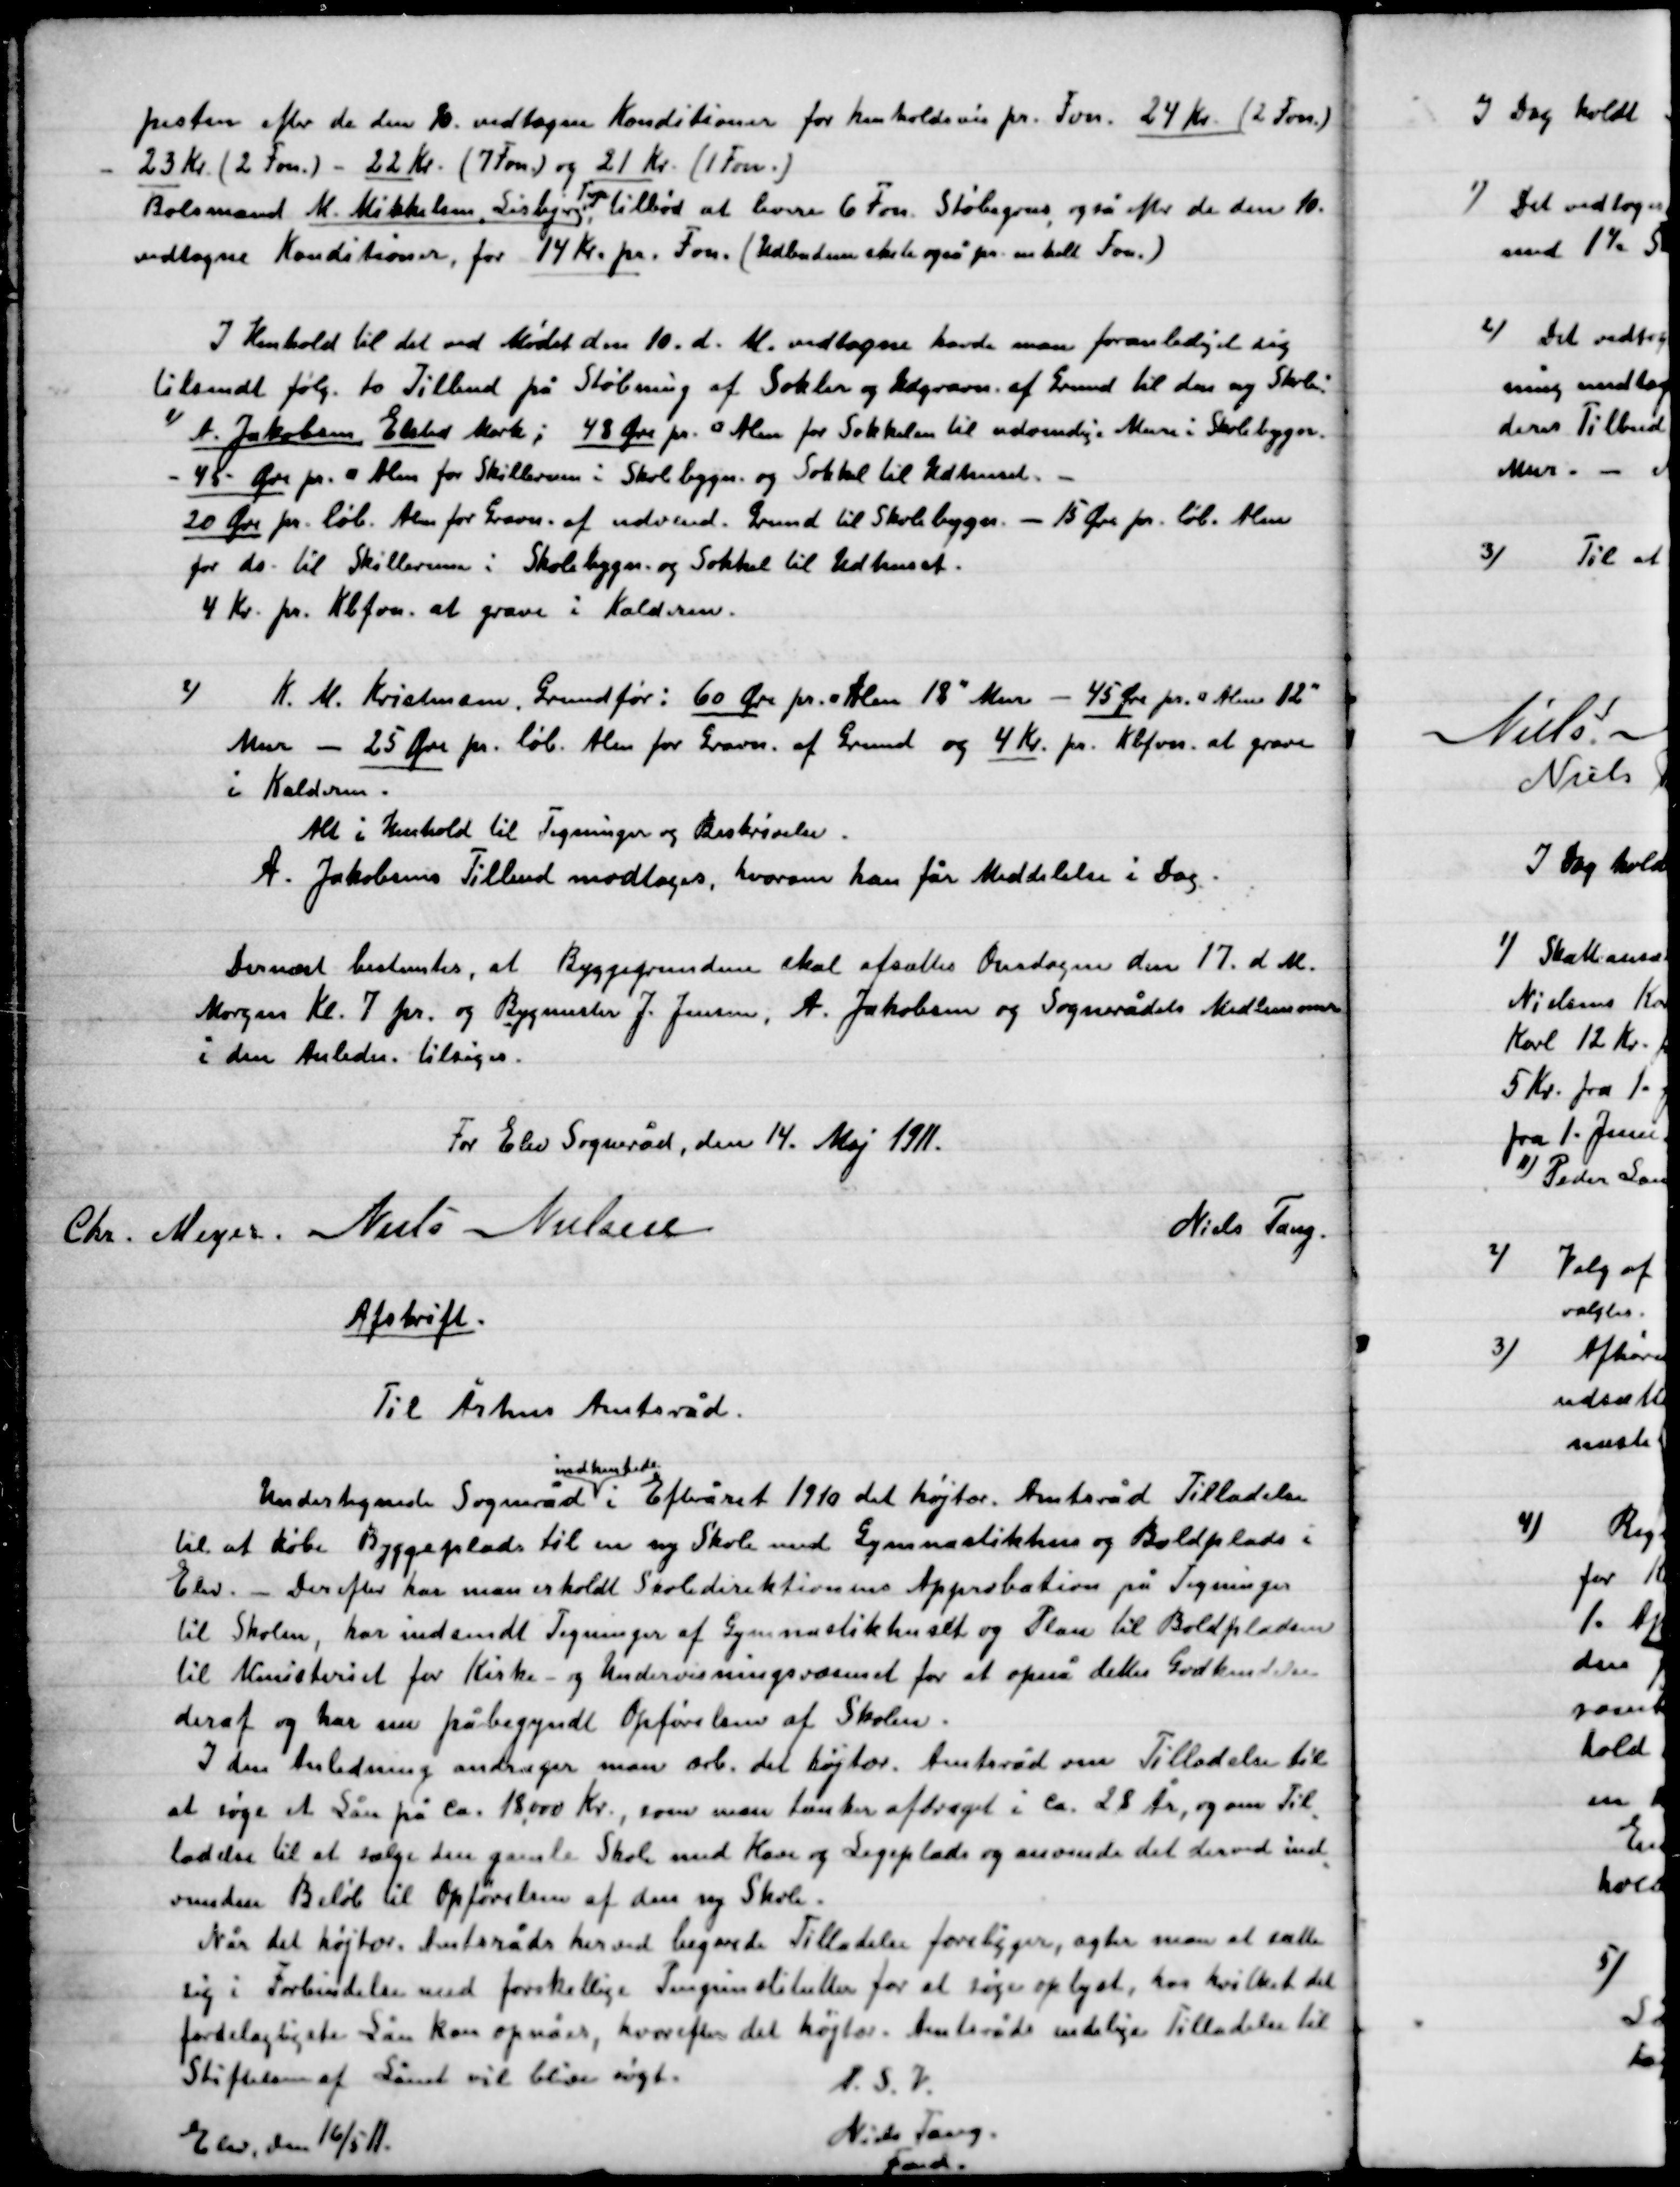
Transskription:
festen efter de den 10. vedtagen Konditioner for henholdsvis pr. Fvn. 24 Kr. (2 Fvn.)
23 Kr. (2 Fvn.) – 22 Kr. (7 Fvn.) og 21 Kr. (1 Fvn.).
Boelsmand M. Mikkelsen, Lisbjerg Terp Tilbød at levere 6 Fvn. Strøgrus, også efter de den 10.
vedtagne Konditioner, for 14 Kr. pr. Fvn. (Udbuddet skal også pr. m. delt Favn)

I Henhold til det ved Mødet den 10. d. M. vedtagne havde man foranlediget sig
tilsendt følg. to tilbud på Støbning  af Sokler og Udgravn. af Grund til den og Skole-

1)

A. Jakobsen Elsted Mark; 48 Øre pr. 0 Alen for Sokkelen til udvendige Mure i Skolebygn.
- 45 Øre pr. løb. Alen  for Skillerum i Skolebygn. og Sokkel til Udhuset. -
20 Øre pr. løb. Alen for Grav. af udvendig  Grund til Skolebygn. – 15 Øre pr. løb. Alen
for de – til Skillerum i Skolebygn. og Sokkel til Udhuset.
4 Kr. pr.  Kbfvn. at grave i Kælderrum.

2)

K. M. Kristensen, Grundfør: 60 Øre pr. Alen 18” Mur – 45 Øre pr. Alen 12”
Mur – 25 Øre pr. løb. Alen for gravn. af Grud og 4 Kr. pr. Kbfvn. at grave
I Kælderum.
Alt i Henhold til Tegning og Beskrivelser.
A. Jakobsens Tilbud modtoges, hvorom han får Meddelelse i Dag.

Dernæst bestemtes, at byggegrunden skal afsættes Onsdagen den 17. d. M.
Morgen Kl. 7 for. og Bygmester J. Jensen, A. Jakobsen og Sogneråds Medlemmer
I den Anledn. tilsiges.

For Elev Sogneråd, den 14. Maj 1911.

Chr. Mejer
Niels Nielsen
Niels Tang

Afskrift.
Til Århus Amtsråd.
Undertegnede Sogneråd
indhentede
i Efteråret 1910 det højtær. Amtsråd Tilladelse
til at købe Byggeplads til en ny Skole med Gymnastiks hus og Boldplads i
Elev. – Derefter har man erholdt Skoledirektionen Approbation på Tegninger
til skolen, har indsendt Tegninger af Gymnastikhuset og Plan til Boldpladsen
til Ministeriet for Kirke og Undervisningsvæsenet for at opnå dettes Godkendelse
deraf og har nu påbegyndt Opførelsen af Skolen.
I den Anledning andrager man ærb. det højtær. Amtsråd om Tilladelse til
at søge Løn på ca. 18.000 Kr. som man tænker afdraget i ca. 28 År. og om Til-
ladelse til at sælge den gamle Skole med Have og Legeplads og anvende det derved ind-
vunden Beløb til Opførelse af den ny Skole.
Når det højtær. Amtsråd herved begivne Tilladelse foreligger, agter man at sætte
sig i Forbindelse med forskellige Pengeinstitutter for at søge oplyst, hos hvilket det
fordelagtigste lån kan opnås, hvorefter det højtær. Amtsråds endelige Tilladelse til
Stiftelsen af Lånet vil blive søgt.
Elev, den 16/5 11.
P.S.V.
Niels Tang
Fmd.